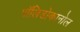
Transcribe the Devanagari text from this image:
पॉलिडोकानोल